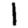
Digit: 1